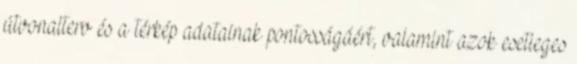
útvonalterv és a térkép adatainak pontosságáért, valamint azok esetleges